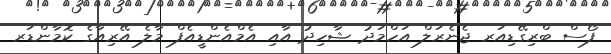
ފޯސް ބްރިގޭޑިއަރ ޖެނެރަލް އަހްމަދު ޝާހިދު އާއި އެމްއެންޑީއެފް މާލެ އޭރިއާގެ ކޮމާންޑަރ